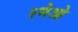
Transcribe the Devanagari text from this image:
रनेओ